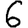
Digit: 6